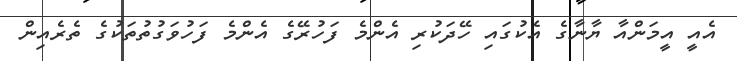
އެއީ އީމަންއާ ޔާނާގެ އެކުގައި ހޭދަކުރި އެންމެ ފަހުރޭގެ އެންމެ ފަހުވަގުތުތަކުގެ ތެރެއިން